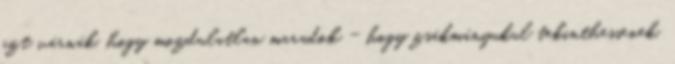
azt várnák, hogy mozdulatlan maradok - hogy zsákmányukul tekinthessenek.